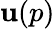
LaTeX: \mathbf{u}(p)